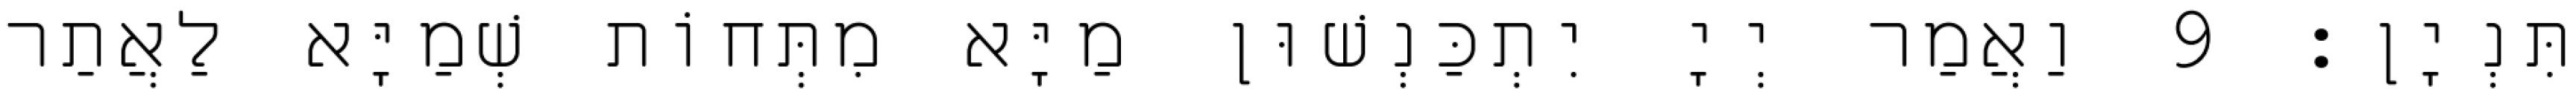
תִּנְיָן׃ 9 וַאֲמַר יְיָ יִתְכַּנְשׁוּן מַיָּא מִתְּחוֹת שְׁמַיָּא לַאֲתַר